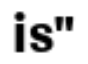
is"